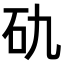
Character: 𥐜